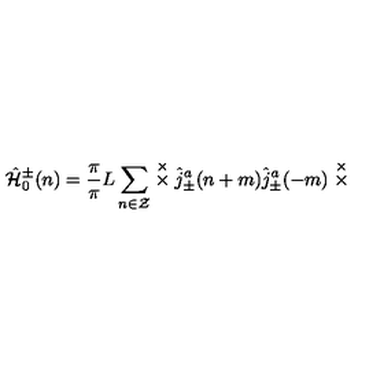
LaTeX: \hat { \cal H } _ { 0 } ^ { \pm } ( n ) = \frac { \pi } { \pi } { L } \sum _ { n \in \cal Z } \stackrel { \times } { \times } \hat { j } _ { \pm } ^ { a } ( n + m ) \hat { j } _ { \pm } ^ { a } ( - m ) \stackrel { \times } { \times }